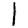
Digit: 1